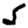
Digit: 5